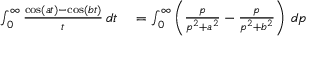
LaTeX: \begin{array} { r l } { \int _ { 0 } ^ { \infty } { \frac { \cos ( a t ) - \cos ( b t ) } { t } } \, d t } & { { } = \int _ { 0 } ^ { \infty } \left( { \frac { p } { p ^ { 2 } + a ^ { 2 } } } - { \frac { p } { p ^ { 2 } + b ^ { 2 } } } \right) \, d p } \end{array}